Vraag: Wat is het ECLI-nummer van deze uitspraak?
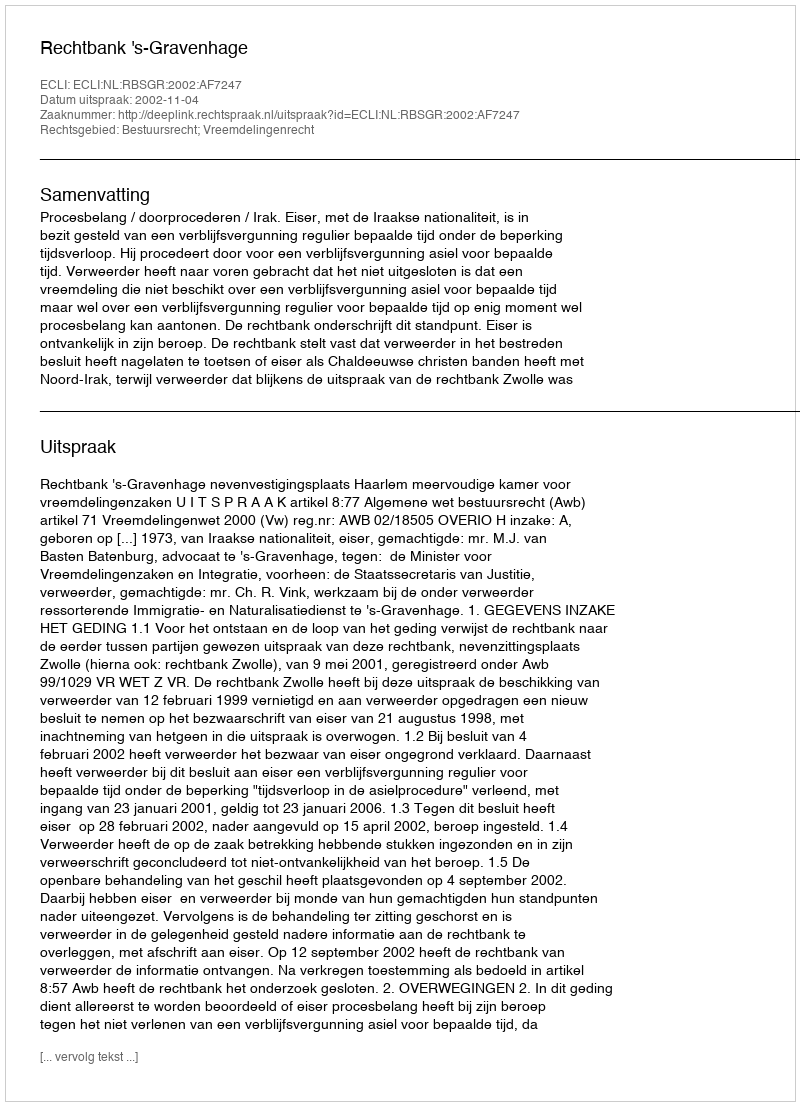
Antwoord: ECLI:NL:RBSGR:2002:AF7247